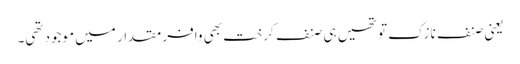
یعنی صنف نازک تو تھیں ہی صنف کرخت بھی وافر مقدار میں موجود تھی۔